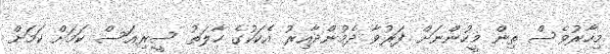
މިހާރުވެސް ތިން މީހުންނަށް ފަރުވާ ދެމުންދާއިރު އެކަކުގެ ހާލަތު ސީރިއަސް ކަމަށް ކަމަށް